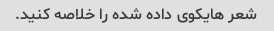
شعر هایکوی داده شده را خلاصه کنید.